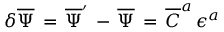
\delta { \overline { { \Psi } } } \, = \, { \overline { { \Psi } } } ^ { \prime } \, - \, { \overline { { \Psi } } } \, = \, { \overline { { C } } } ^ { a } \, \epsilon ^ { a }